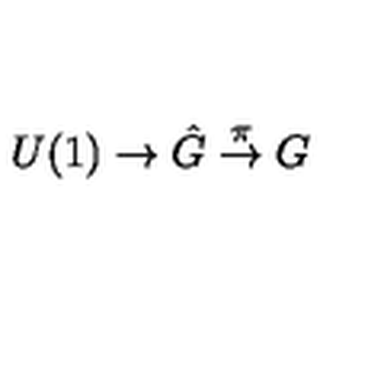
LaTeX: U ( 1 ) \to \hat { G } \stackrel { \pi } { \to } G